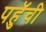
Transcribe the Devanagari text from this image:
पहुॅची